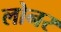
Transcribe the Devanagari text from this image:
लोनर